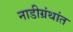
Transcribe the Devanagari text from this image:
नाडीग्रंथांत